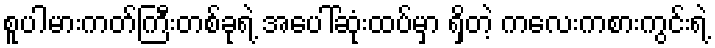
စူပါမားကတ်ကြီးတစ်ခုရဲ့ အပေါ်ဆုံးထပ်မှာ ရှိတဲ့ ကလေးကစားကွင်းရဲ့